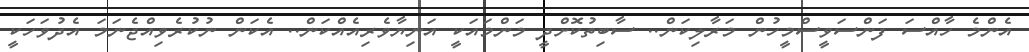
އެންމެ ހާއްސަ ފަންސަވީސްމީހުން މަރާލިކަން.. ސާބިތުކޮށްދީ މަންމައަކީ އަނިޔާވެރިއެއްކަން.. އެކަން ނުކުރެވިއްޖެނަމަ އެދުވަހަކީ